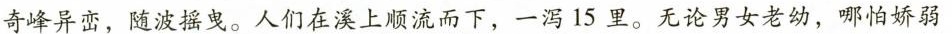
奇峰异峦，随波摇曳。人们在溪上顺流而下，一泻15里。无论男女老幼，哪怕娇弱